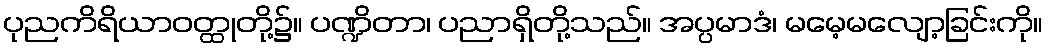
ပုညကိရိယာဝတ္ထုတို့၌။ ပဏ္ဍိတာ၊ ပညာရှိတို့သည်။ အပ္ပမာဒံ၊ မမေ့မလျော့ခြင်းကို။